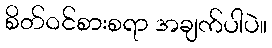
စိတ်ဝင်စားစရာ အချက်ပါပဲ။